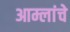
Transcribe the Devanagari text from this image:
आम्लांचे